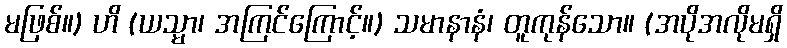
မဖြစ်။) ဟိ (ယသ္မာ၊ အကြင်ကြောင့်။) သမာနာနံ၊ တူကုန်သော။ (အပိုအလိုမရှိ